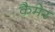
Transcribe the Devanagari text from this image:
कैमेर